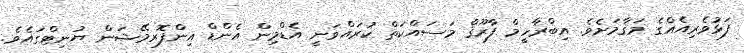
ފަޅުވެރިއެއްގެ މަޤާމަށެވެ. އިބްރާހީމް ފާރޫޤް މަސައްކަތް ކުރައްވަނީ އެޑްމިން އެންޑް އިންފޮރމޭޝަން ޔުނިޓްގައެވެ.